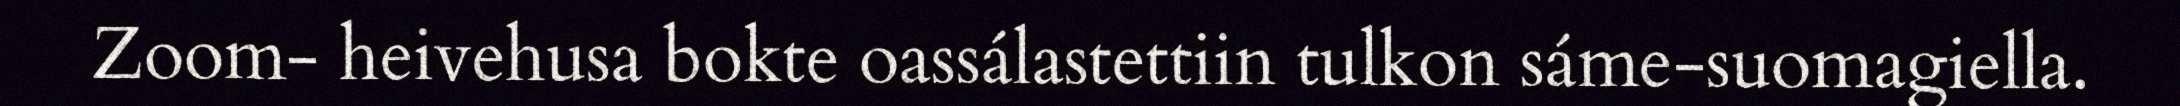
Zoom- heivehusa bokte oassálastettiin tulkon sáme-suomagiella.